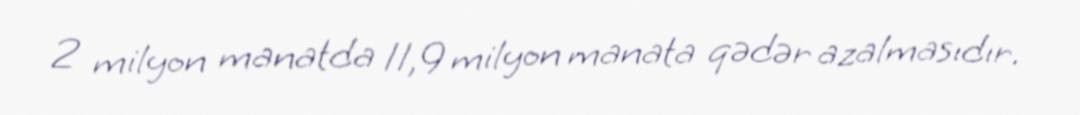
2 milyon manatda 11,9 milyon manata qədər azalmasıdır.